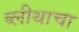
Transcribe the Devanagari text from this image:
ब्लीथाचा